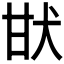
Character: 𤯂